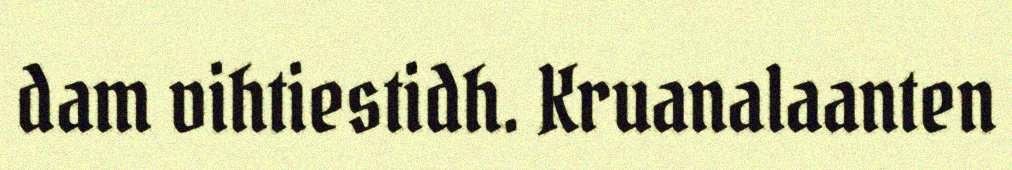
dam vihtiestidh. Kruanalaanten